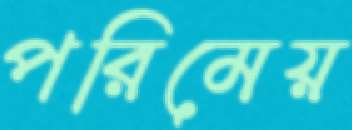
পরিমেয়